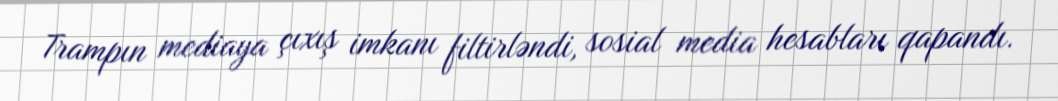
Trampın mediaya çıxış imkanı filtirləndi, sosial media hesabları qapandı.